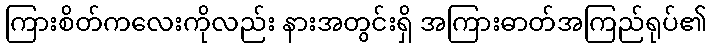
ကြားစိတ်ကလေးကိုလည်း နားအတွင်းရှိ အကြားဓာတ်အကြည်ရုပ်၏